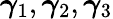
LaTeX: \boldsymbol{\gamma}_{1},\boldsymbol{\gamma}_{2},\boldsymbol{\gamma}_{3}